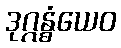
ဒုဂ္ဂန္ဓံယေဝ